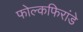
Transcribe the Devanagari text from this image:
फोल्कफिरांडे